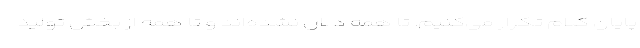
پایان کلام تکرار می‌کنیم. تا همه دلال نشده‌اند و تا همه از بخش تولید